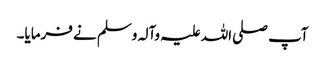
آپ صلی اللہ علیہ وآلہ وسلم نے فرمایا۔